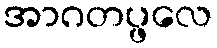
အာဂတပ္ဖလေ